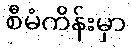
စီမံကိန်းမှာ